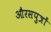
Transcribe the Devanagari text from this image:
औरसपुत्रों